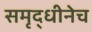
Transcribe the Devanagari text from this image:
समृद्धीनेच